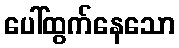
ပေါ်ထွက်နေသော